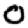
Digit: 0